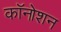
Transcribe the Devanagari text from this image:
कॉनोशन